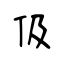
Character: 伋